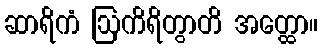
ဆာရိကံ ဩကိရိတွာတိ အတ္ထော။